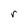
Character: r